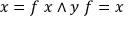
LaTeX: x = f \ x \land y \ f = x